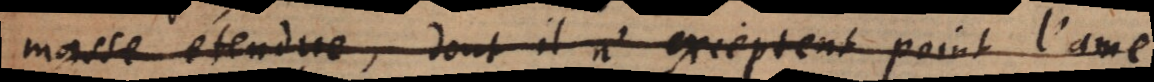
se étendue, dont il n’exceptent point l’ame